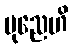
ပုညေဟိ